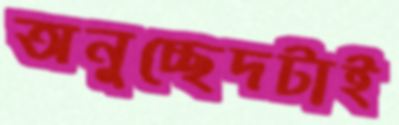
অনুচ্ছেদটাই